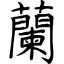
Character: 蘭